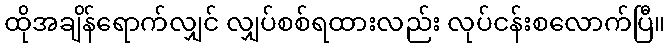
ထိုအချိန်ရောက်လျှင် လျှပ်စစ်ရထားလည်း လုပ်ငန်းစလောက်ပြီ။